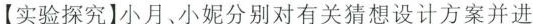
【实验探究】小月、小妮分别对有关猜想设计方案并进